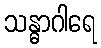
သန္ဓာဂါရေ